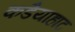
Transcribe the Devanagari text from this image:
कडैयाहाट